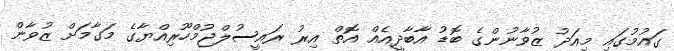
ގައުމުގައި މިއަދު ޒުވާނުންގެ ބޮޑު އާބާދީއެއް އޮތް އިރު ރައީސުލްޖުމްހޫރިއްޔާގެ މަގާމަށް ޒުވާން